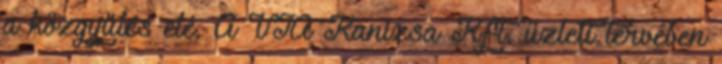
a közgyűlés elé. A VIA Kanizsa Kft. üzleti tervében